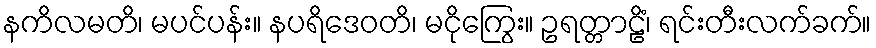
နကိလမတိ၊ မပင်ပန်း။ နပရိဒေဝတိ၊ မငိုကြွေး။ ဥရတ္တာဠိံ၊ ရင်းတီးလက်ခက်။